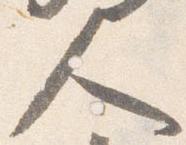
人